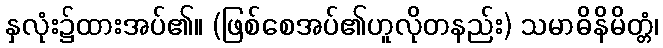
နှလုံး၌ထားအပ်၏။ (ဖြစ်စေအပ်၏ဟူလိုတနည်း) သမာဓိနိမိတ္တံ၊